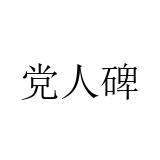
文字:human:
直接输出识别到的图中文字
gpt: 党人碑